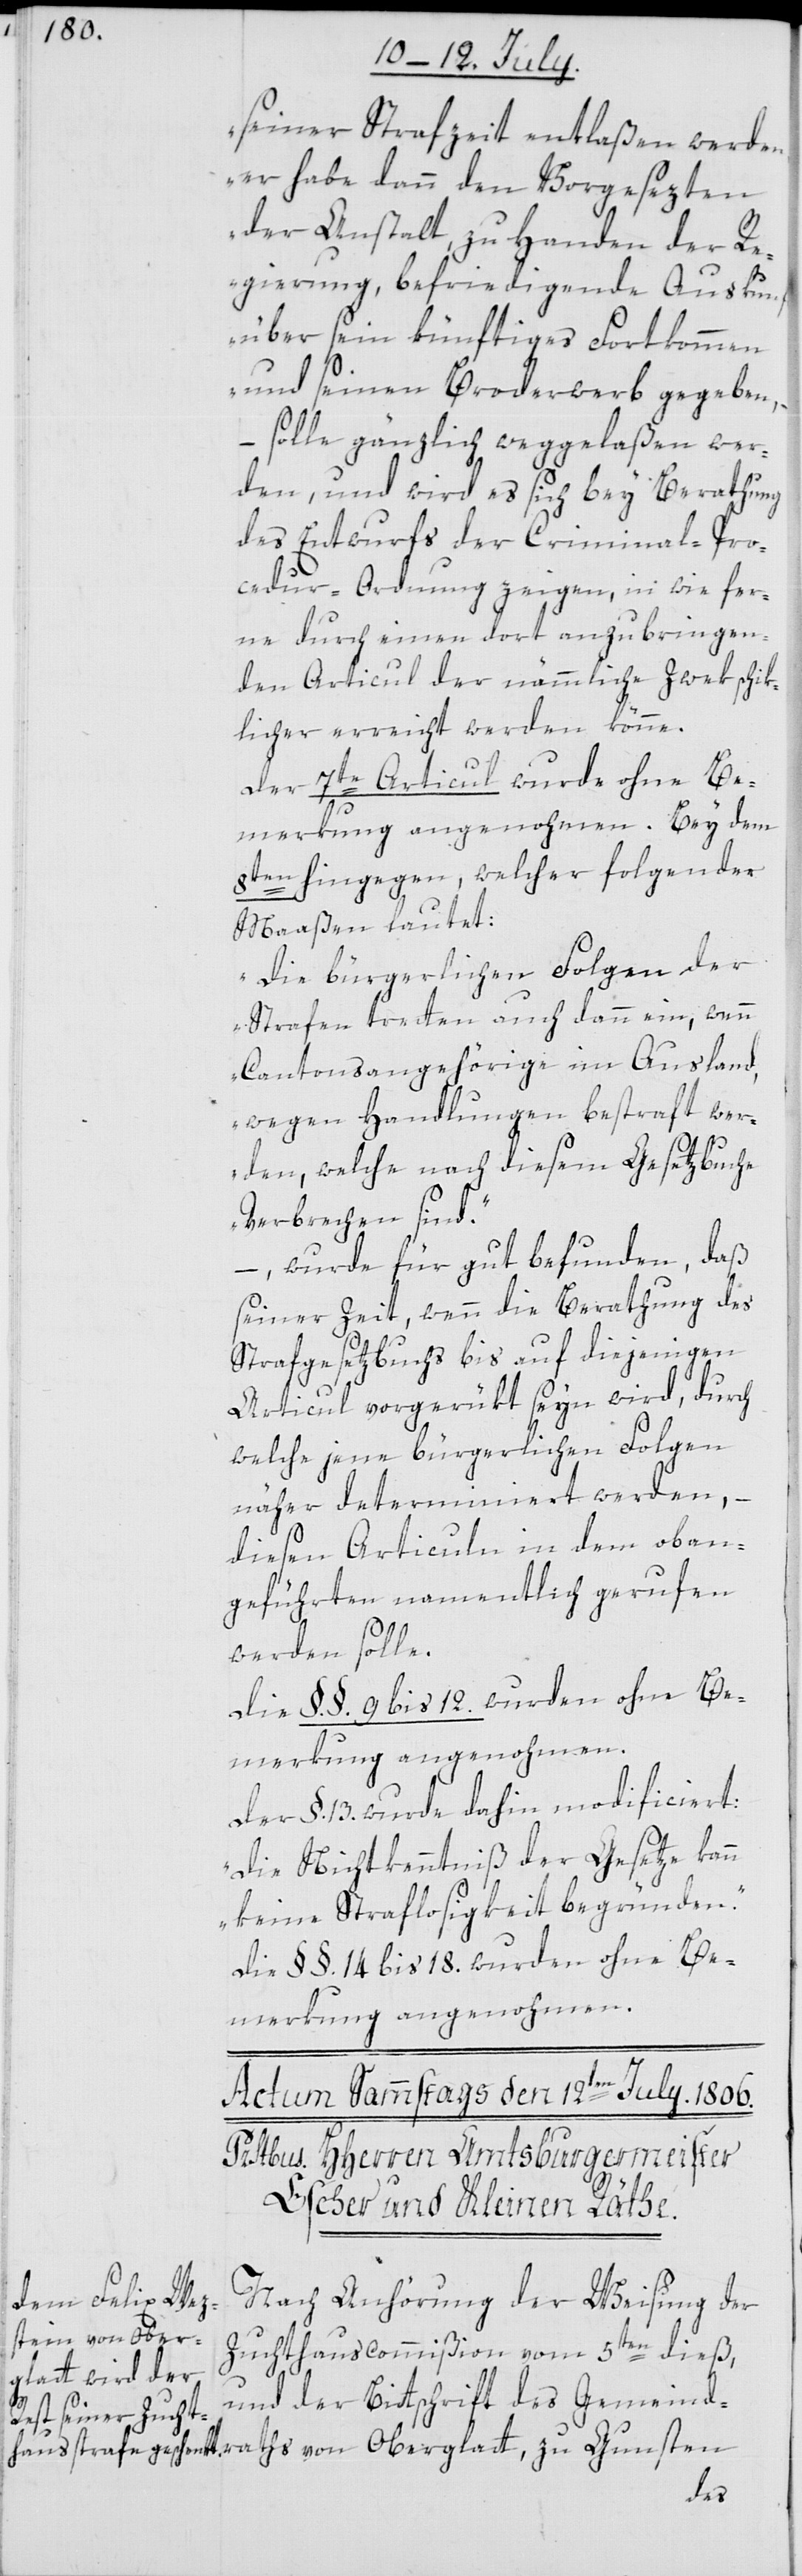
seiner Strafzeit entlaßen werden,
er habe dann den Vorgesezten
der Anstalt, zu Handen der R¬
egierung, befriedigende Auskunft
über sein künftiges Fortkommen
und seinen Broderwerb gegeben,
solle gänzlich weggelaßen wer¬
den, und wird es sich bey Berathung
des Entwurfs der Criminal-Pro¬
cedur-Ordnung zeigen, in wie fer¬
ne durch einen dort anzubringen¬
den Articul der nämmliche Zwek schik¬
licher erreicht werden könne.
Der 7te Articul wurde ohne Be¬
8ten hingegen, welcher folgender
Maaßen lautet:
„Die bürgerlichen Folgen der
Strafen tretten auch dann ein, wenn
Cantonsangehörige im Ausland,
wegen Handlungen bestraft wer¬
den, welche nach diesem Gesetzbuche
Verbrechen sind“,
– wurde für gut befunden, daß
seiner Zeit, wenn die Berathung des
Strafgesetzbuchs bis auf diejenigen
Articul vorgerükt seyn wird, durch
welche jene bürgerlichen Folgen
näher determiniert werden, –
diesen Articuln in dem oban¬
geführten namentlich gerufen
werden solle.
Die §§ 9 bis 12. wurden ohne Be¬
merkung angenohmen.
Der §. 13. wurde dahin modificiert:
„Die Nichtkenntniß der Gesetze kann
keine Straflosigkeit begründen.“
Die §§. 14 bis 18. wurden ohne Be¬
merkung angenohmen.
Nach Anhörung der Weisung der
Zuchthauscommißion vom 5ten dieß
und der Bittschrift des Gemeindr¬
aths